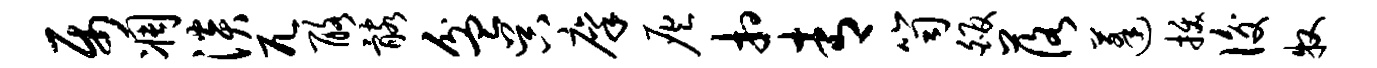
属凋淡兀酪髂盆吴廪灰相青笥皈落蓬拔后牧